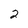
Character: 2